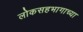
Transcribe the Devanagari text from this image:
लोकसहभागाच्या